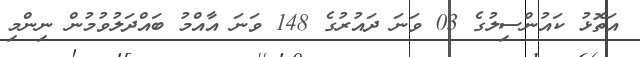
އަތޮޅު ކައުންސިލުގެ 03 ވަނަ ދައުރުގެ 148 ވަނަ އާއްމު ބައްދަލުވުމުން ނިންމި